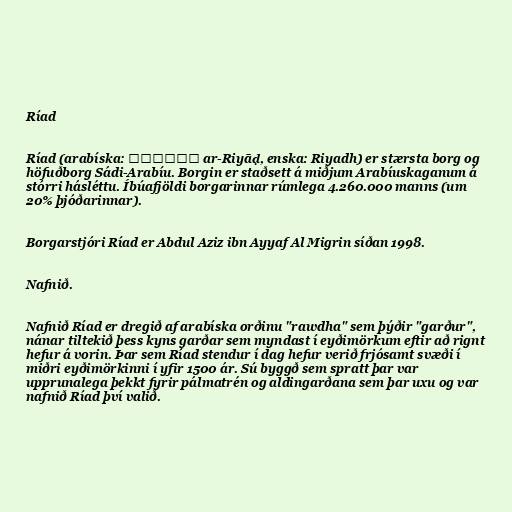
Ríad

Ríad (arabíska: الرياض ar-Riyāḍ, enska: Riyadh) er stærsta borg og
höfuðborg Sádi-Arabíu. Borgin er staðsett á miðjum Arabíuskaganum á
stórri hásléttu. Íbúafjöldi borgarinnar rúmlega 4.260.000 manns (um
20% þjóðarinnar).

Borgarstjóri Ríad er Abdul Aziz ibn Ayyaf Al Migrin síðan 1998.

Nafnið.

Nafnið Ríad er dregið af arabíska orðinu "rawdha" sem þýðir "garður",
nánar tiltekið þess kyns garðar sem myndast í eyðimörkum eftir að rignt
hefur á vorin. Þar sem Ríad stendur í dag hefur verið frjósamt svæði í
miðri eyðimörkinni í yfir 1500 ár. Sú byggð sem spratt þar var
upprunalega þekkt fyrir pálmatrén og aldingarðana sem þar uxu og var
nafnið Ríad því valið.